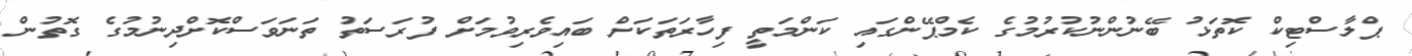
ޕްލާސްޓިކް ކޮތަޅު ބޭނުންނުކުރުމުގެ ކެމްޕޭންގައި ކަންމަތީ ފިހާރަތަކަށް ބައިވެރިވުމަށް ފުރަސަތު ތަނަވަސްކޮށްދިނުމުގެ ގޮތުން